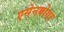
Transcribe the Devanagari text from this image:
एसेनबोगा